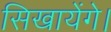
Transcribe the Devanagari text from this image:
सिखायेंगे।